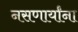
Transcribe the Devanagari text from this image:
नसणार्यांना